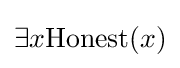
\exists x{\text{Honest}}(x)